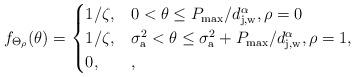
LaTeX: \begin{align*} f_{\Theta_\rho} (\theta ) = \begin{cases}1/\zeta, & 0 < \theta \le P_{\rm{max}}/d^{\alpha}_{\rm j,w}, \rho=0\\ 1/\zeta, & \sigma_{\rm a}^2 < \theta \le \sigma^2_{\rm a} + P_{\rm{max}}/d^{\alpha}_{\rm j,w} ,\rho=1, \\0, & ,\end{cases}\end{align*}